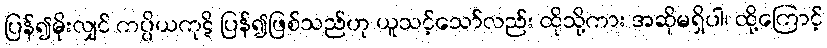
ပြန်၍မိုးလျှင် ကပ္ပိယကုဋိ ပြန်၍ဖြစ်သည်ဟု ယူသင့်သော်လည်း ထိုသို့ကား အဆိုမရှိပါ၊ ထို့ကြောင့်